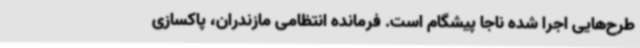
طرح‌هایی اجرا شده ناجا پیشگام است. فرمانده انتظامی مازندران، پاکسازی